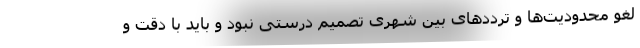
لغو محدودیت‌ها و ترددهای بین شهری تصمیم درستی نبود و باید با دقت و